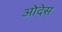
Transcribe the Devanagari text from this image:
ओदेस